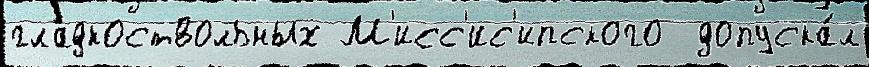
гладкоствольных М'исс'ис'ипского  допуска́л